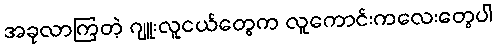
အခုလာကြတဲ့ ဂျူးလူငယ်တွေက လူကောင်းကလေးတွေပါ